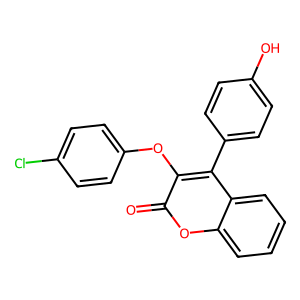
SMILES: O=c1oc2ccccc2c(-c2ccc(O)cc2)c1Oc1ccc(Cl)cc1
Inhibits HIV replication: No